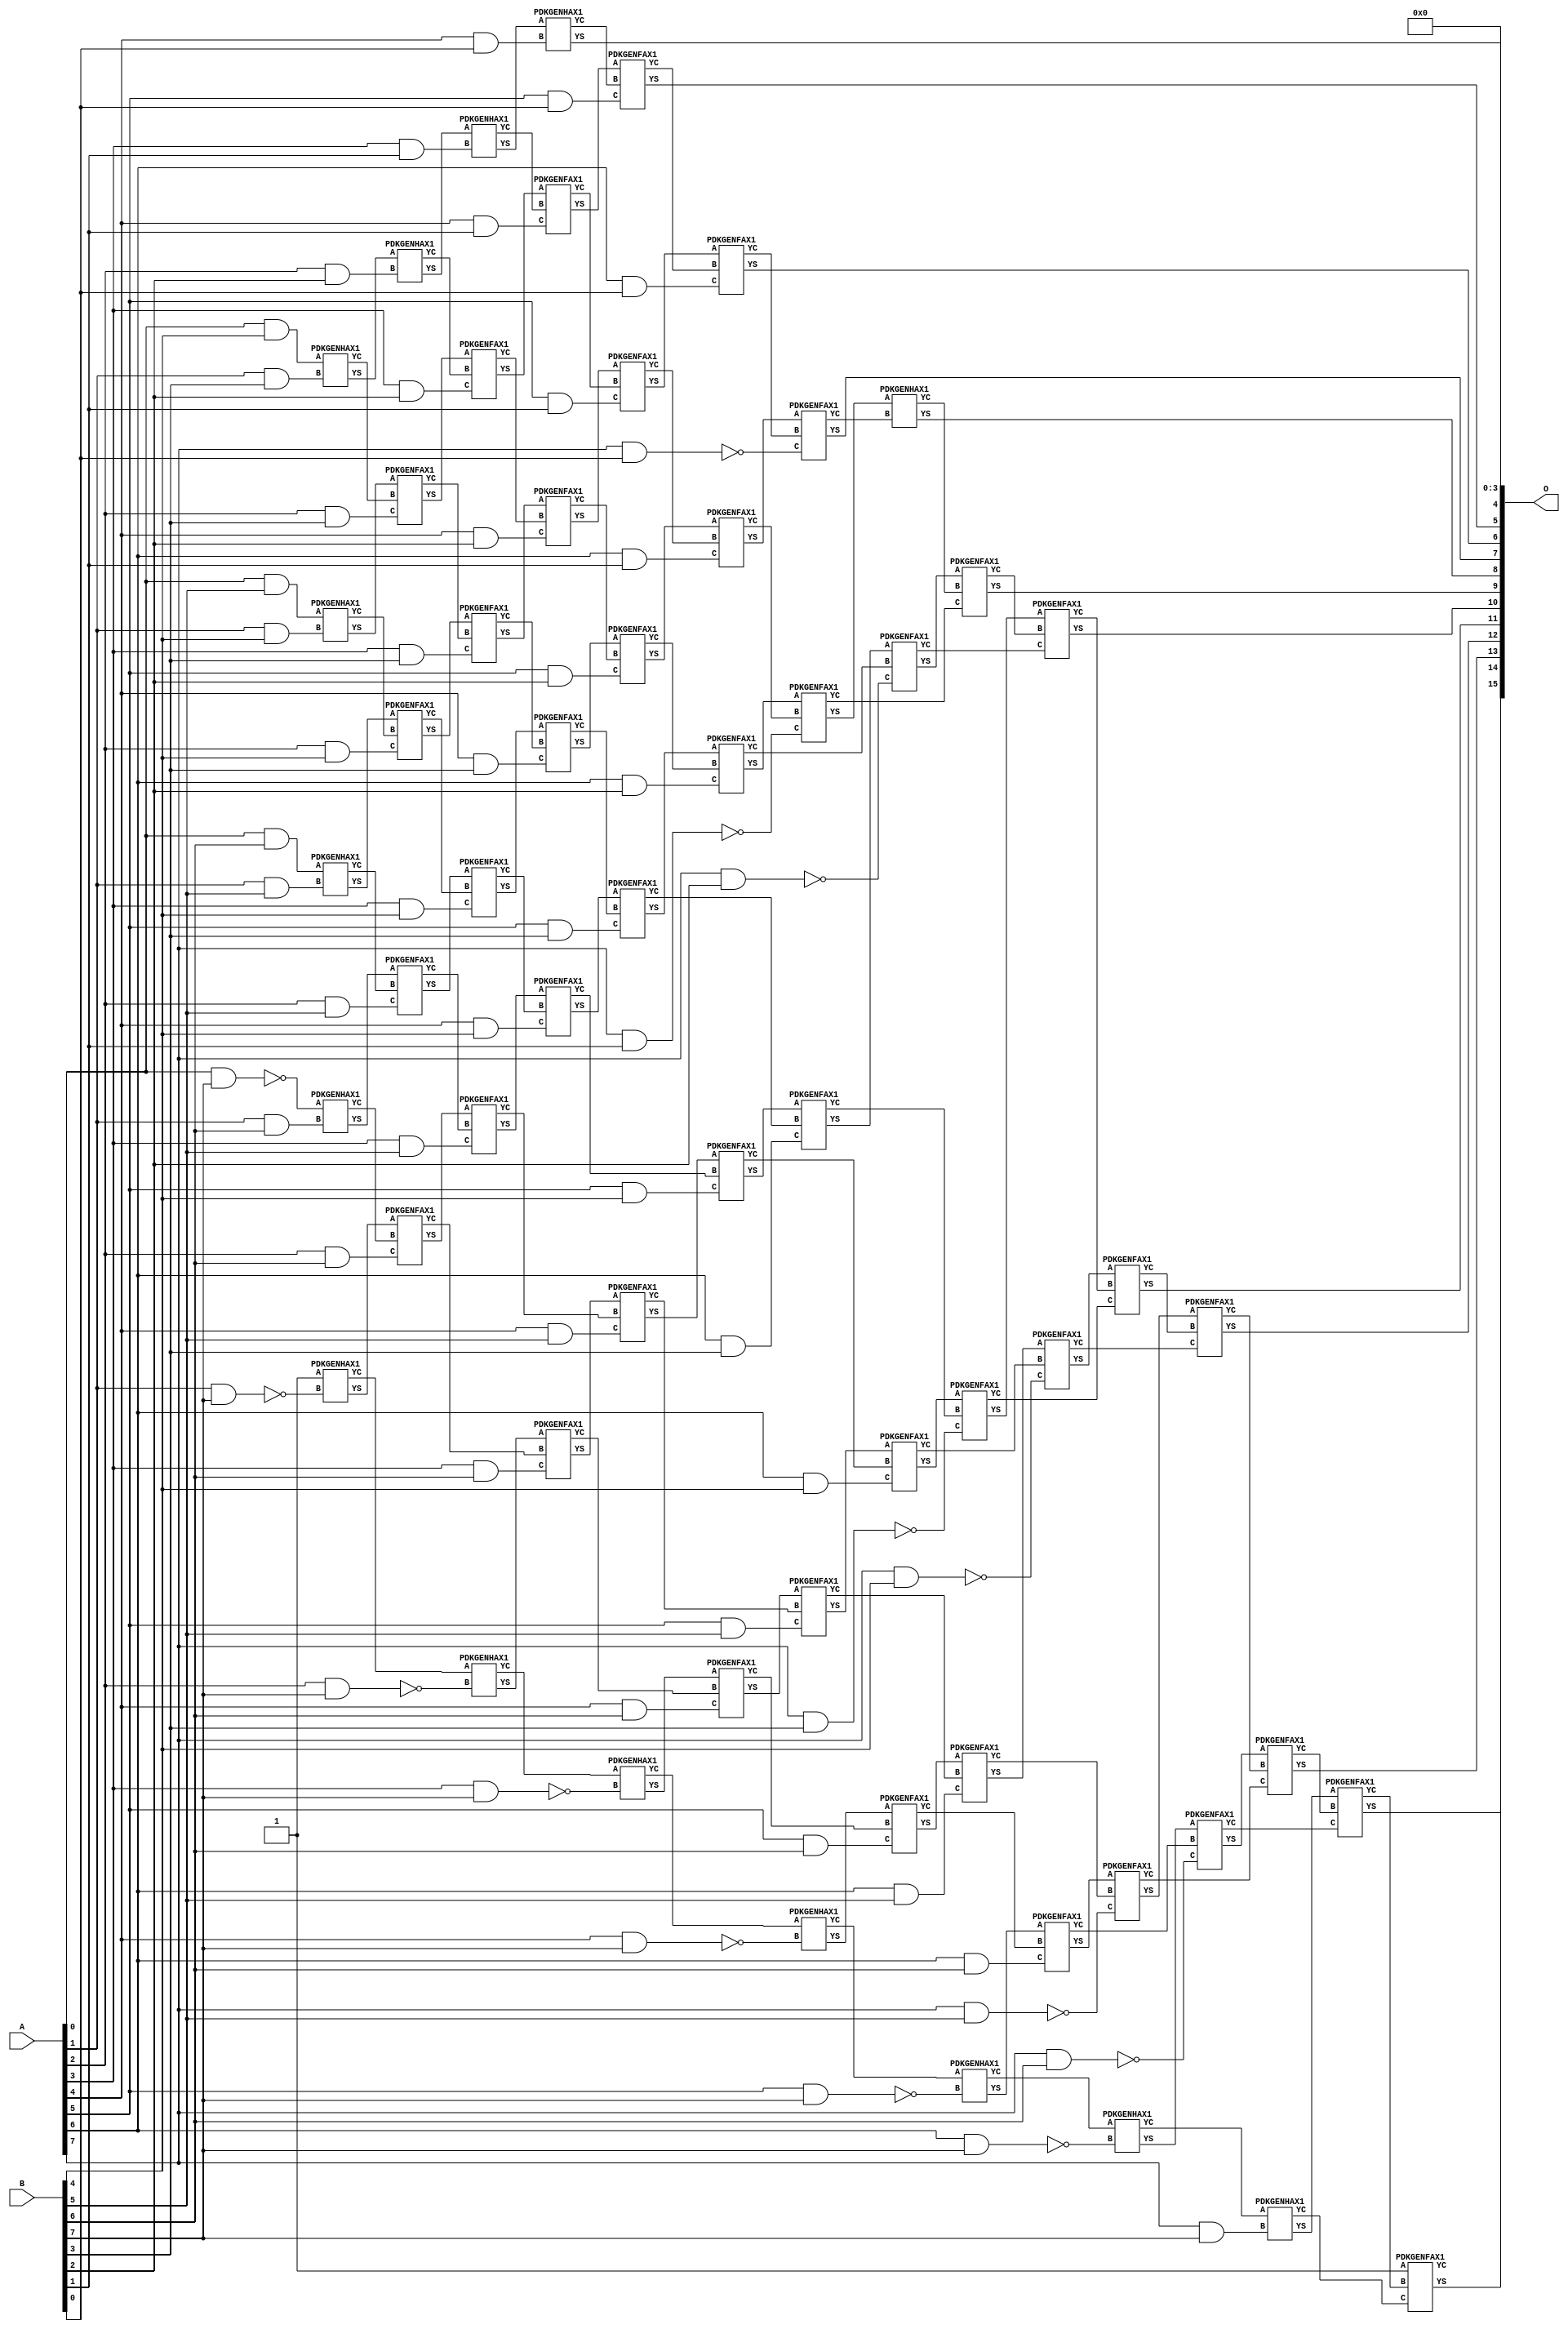
/***
* This code is a part of EvoApproxLib library (ehw.fit.vutbr.cz/approxlib) distributed under The MIT License.
* When used, please cite the following article(s): V. Mrazek, Z. Vasicek, L. Sekanina, H. Jiang and J. Han, "Scalable Construction of Approximate Multipliers With Formally Guaranteed Worst Case Error" in IEEE Transactions on Very Large Scale Integration (VLSI) Systems, vol. 26, no. 11, pp. 2572-2576, Nov. 2018. doi: 10.1109/TVLSI.2018.2856362 
* This file contains a circuit from a sub-set of pareto optimal circuits with respect to the pwr and wce parameters
***/
// MAE% = 0.019 %
// MAE = 12 
// WCE% = 0.075 %
// WCE = 49 
// WCRE% = 4900.00 %
// EP% = 81.25 %
// MRE% = 2.53 %
// MSE = 248 
// PDK45_PWR = 0.391 mW
// PDK45_AREA = 641.1 um2
// PDK45_DELAY = 1.51 ns


module mul8s_1KX2 ( A, B, O );
  input [7:0] A;
  input [7:0] B;
  output [15:0] O;

  wire C_1_3,C_1_4,C_1_5,C_1_6,C_1_7,C_2_2,C_2_3,C_2_4,C_2_5,C_2_6,C_2_7,C_3_1,C_3_2,C_3_3,C_3_4,C_3_5,C_3_6,C_3_7,C_4_0,C_4_1,C_4_2,C_4_3,C_4_4,C_4_5,C_4_6,C_4_7,C_5_0,C_5_1,C_5_2,C_5_3,C_5_4,C_5_5,C_5_6,C_5_7,C_6_0,C_6_1,C_6_2,C_6_3,C_6_4,C_6_5,C_6_6,C_6_7,C_7_0,C_7_1,C_7_2,C_7_3,C_7_4,C_7_5,C_7_6,C_7_7,C_8_0,C_8_1,C_8_2,C_8_3,C_8_4,C_8_5,C_8_6,C_8_7,S_0_4,S_0_5,S_0_6,S_0_7,S_1_3,S_1_4,S_1_5,S_1_6,S_1_7,S_2_2,S_2_3,S_2_4,S_2_5,S_2_6,S_2_7,S_3_1,S_3_2,S_3_3,S_3_4,S_3_5,S_3_6,S_3_7,S_4_0,S_4_1,S_4_2,S_4_3,S_4_4,S_4_5,S_4_6,S_4_7,S_5_0,S_5_1,S_5_2,S_5_3,S_5_4,S_5_5,S_5_6,S_5_7,S_6_0,S_6_1,S_6_2,S_6_3,S_6_4,S_6_5,S_6_6,S_6_7,S_7_0,S_7_1,S_7_2,S_7_3,S_7_4,S_7_5,S_7_6,S_7_7,S_8_0,S_8_1,S_8_2,S_8_3,S_8_4,S_8_5,S_8_6,S_8_7;

  assign S_0_4 = (A[0] & B[4]);
  assign S_0_5 = (A[0] & B[5]);
  assign S_0_6 = (A[0] & B[6]);
  assign S_0_7 = ~(A[0] & B[7]);
  PDKGENHAX1 U588 (.A(S_0_4), .B((A[1] & B[3])), .YS(S_1_3), .YC(C_1_3));
  PDKGENHAX1 U589 (.A(S_0_5), .B((A[1] & B[4])), .YS(S_1_4), .YC(C_1_4));
  PDKGENHAX1 U590 (.A(S_0_6), .B((A[1] & B[5])), .YS(S_1_5), .YC(C_1_5));
  PDKGENHAX1 U591 (.A(S_0_7), .B((A[1] & B[6])), .YS(S_1_6), .YC(C_1_6));
  PDKGENHAX1 U592 (.A(1'b1), .B(~(A[1] & B[7])), .YS(S_1_7), .YC(C_1_7));
  PDKGENHAX1 U595 (.A(S_1_3), .B((A[2] & B[2])), .YS(S_2_2), .YC(C_2_2));
  PDKGENFAX1 U596 (.A(S_1_4), .B(C_1_3), .C((A[2] & B[3])), .YS(S_2_3), .YC(C_2_3));
  PDKGENFAX1 U597 (.A(S_1_5), .B(C_1_4), .C((A[2] & B[4])), .YS(S_2_4), .YC(C_2_4));
  PDKGENFAX1 U598 (.A(S_1_6), .B(C_1_5), .C((A[2] & B[5])), .YS(S_2_5), .YC(C_2_5));
  PDKGENFAX1 U599 (.A(S_1_7), .B(C_1_6), .C((A[2] & B[6])), .YS(S_2_6), .YC(C_2_6));
  PDKGENHAX1 U600 (.A(C_1_7), .B(~(A[2] & B[7])), .YS(S_2_7), .YC(C_2_7));
  PDKGENHAX1 U602 (.A(S_2_2), .B((A[3] & B[1])), .YS(S_3_1), .YC(C_3_1));
  PDKGENFAX1 U603 (.A(S_2_3), .B(C_2_2), .C((A[3] & B[2])), .YS(S_3_2), .YC(C_3_2));
  PDKGENFAX1 U604 (.A(S_2_4), .B(C_2_3), .C((A[3] & B[3])), .YS(S_3_3), .YC(C_3_3));
  PDKGENFAX1 U605 (.A(S_2_5), .B(C_2_4), .C((A[3] & B[4])), .YS(S_3_4), .YC(C_3_4));
  PDKGENFAX1 U606 (.A(S_2_6), .B(C_2_5), .C((A[3] & B[5])), .YS(S_3_5), .YC(C_3_5));
  PDKGENFAX1 U607 (.A(S_2_7), .B(C_2_6), .C((A[3] & B[6])), .YS(S_3_6), .YC(C_3_6));
  PDKGENHAX1 U608 (.A(C_2_7), .B(~(A[3] & B[7])), .YS(S_3_7), .YC(C_3_7));
  PDKGENHAX1 U609 (.A(S_3_1), .B((A[4] & B[0])), .YS(S_4_0), .YC(C_4_0));
  PDKGENFAX1 U610 (.A(S_3_2), .B(C_3_1), .C((A[4] & B[1])), .YS(S_4_1), .YC(C_4_1));
  PDKGENFAX1 U611 (.A(S_3_3), .B(C_3_2), .C((A[4] & B[2])), .YS(S_4_2), .YC(C_4_2));
  PDKGENFAX1 U612 (.A(S_3_4), .B(C_3_3), .C((A[4] & B[3])), .YS(S_4_3), .YC(C_4_3));
  PDKGENFAX1 U613 (.A(S_3_5), .B(C_3_4), .C((A[4] & B[4])), .YS(S_4_4), .YC(C_4_4));
  PDKGENFAX1 U614 (.A(S_3_6), .B(C_3_5), .C((A[4] & B[5])), .YS(S_4_5), .YC(C_4_5));
  PDKGENFAX1 U615 (.A(S_3_7), .B(C_3_6), .C((A[4] & B[6])), .YS(S_4_6), .YC(C_4_6));
  PDKGENHAX1 U616 (.A(C_3_7), .B(~(A[4] & B[7])), .YS(S_4_7), .YC(C_4_7));
  PDKGENFAX1 U617 (.A(S_4_1), .B(C_4_0), .C((A[5] & B[0])), .YS(S_5_0), .YC(C_5_0));
  PDKGENFAX1 U618 (.A(S_4_2), .B(C_4_1), .C((A[5] & B[1])), .YS(S_5_1), .YC(C_5_1));
  PDKGENFAX1 U619 (.A(S_4_3), .B(C_4_2), .C((A[5] & B[2])), .YS(S_5_2), .YC(C_5_2));
  PDKGENFAX1 U620 (.A(S_4_4), .B(C_4_3), .C((A[5] & B[3])), .YS(S_5_3), .YC(C_5_3));
  PDKGENFAX1 U621 (.A(S_4_5), .B(C_4_4), .C((A[5] & B[4])), .YS(S_5_4), .YC(C_5_4));
  PDKGENFAX1 U622 (.A(S_4_6), .B(C_4_5), .C((A[5] & B[5])), .YS(S_5_5), .YC(C_5_5));
  PDKGENFAX1 U623 (.A(S_4_7), .B(C_4_6), .C((A[5] & B[6])), .YS(S_5_6), .YC(C_5_6));
  PDKGENHAX1 U624 (.A(C_4_7), .B(~(A[5] & B[7])), .YS(S_5_7), .YC(C_5_7));
  PDKGENFAX1 U625 (.A(S_5_1), .B(C_5_0), .C((A[6] & B[0])), .YS(S_6_0), .YC(C_6_0));
  PDKGENFAX1 U626 (.A(S_5_2), .B(C_5_1), .C((A[6] & B[1])), .YS(S_6_1), .YC(C_6_1));
  PDKGENFAX1 U627 (.A(S_5_3), .B(C_5_2), .C((A[6] & B[2])), .YS(S_6_2), .YC(C_6_2));
  PDKGENFAX1 U628 (.A(S_5_4), .B(C_5_3), .C((A[6] & B[3])), .YS(S_6_3), .YC(C_6_3));
  PDKGENFAX1 U629 (.A(S_5_5), .B(C_5_4), .C((A[6] & B[4])), .YS(S_6_4), .YC(C_6_4));
  PDKGENFAX1 U630 (.A(S_5_6), .B(C_5_5), .C((A[6] & B[5])), .YS(S_6_5), .YC(C_6_5));
  PDKGENFAX1 U631 (.A(S_5_7), .B(C_5_6), .C((A[6] & B[6])), .YS(S_6_6), .YC(C_6_6));
  PDKGENHAX1 U632 (.A(C_5_7), .B(~(A[6] & B[7])), .YS(S_6_7), .YC(C_6_7));
  PDKGENFAX1 U633 (.A(S_6_1), .B(C_6_0), .C(~(A[7] & B[0])), .YS(S_7_0), .YC(C_7_0));
  PDKGENFAX1 U634 (.A(S_6_2), .B(C_6_1), .C(~(A[7] & B[1])), .YS(S_7_1), .YC(C_7_1));
  PDKGENFAX1 U635 (.A(S_6_3), .B(C_6_2), .C(~(A[7] & B[2])), .YS(S_7_2), .YC(C_7_2));
  PDKGENFAX1 U636 (.A(S_6_4), .B(C_6_3), .C(~(A[7] & B[3])), .YS(S_7_3), .YC(C_7_3));
  PDKGENFAX1 U637 (.A(S_6_5), .B(C_6_4), .C(~(A[7] & B[4])), .YS(S_7_4), .YC(C_7_4));
  PDKGENFAX1 U638 (.A(S_6_6), .B(C_6_5), .C(~(A[7] & B[5])), .YS(S_7_5), .YC(C_7_5));
  PDKGENFAX1 U639 (.A(S_6_7), .B(C_6_6), .C(~(A[7] & B[6])), .YS(S_7_6), .YC(C_7_6));
  PDKGENHAX1 U640 (.A(C_6_7), .B((A[7] & B[7])), .YS(S_7_7), .YC(C_7_7));
  PDKGENHAX1 U641 (.A(S_7_1), .B(C_7_0), .YS(S_8_0), .YC(C_8_0));
  PDKGENFAX1 U642 (.A(S_7_2), .B(C_8_0), .C(C_7_1), .YS(S_8_1), .YC(C_8_1));
  PDKGENFAX1 U643 (.A(S_7_3), .B(C_8_1), .C(C_7_2), .YS(S_8_2), .YC(C_8_2));
  PDKGENFAX1 U644 (.A(S_7_4), .B(C_8_2), .C(C_7_3), .YS(S_8_3), .YC(C_8_3));
  PDKGENFAX1 U645 (.A(S_7_5), .B(C_8_3), .C(C_7_4), .YS(S_8_4), .YC(C_8_4));
  PDKGENFAX1 U646 (.A(S_7_6), .B(C_8_4), .C(C_7_5), .YS(S_8_5), .YC(C_8_5));
  PDKGENFAX1 U647 (.A(S_7_7), .B(C_8_5), .C(C_7_6), .YS(S_8_6), .YC(C_8_6));
  PDKGENFAX1 U648 (.A(1'b1), .B(C_8_6), .C(C_7_7), .YS(S_8_7), .YC(C_8_7));
  assign O = {S_8_7,S_8_6,S_8_5,S_8_4,S_8_3,S_8_2,S_8_1,S_8_0,S_7_0,S_6_0,S_5_0,S_4_0,1'b0,1'b0,1'b0,1'b0};

endmodule

/* mod */
module PDKGENHAX1( input A, input B, output YS, output YC );
    assign YS = A ^ B;
    assign YC = A & B;
endmodule
/* mod */
module PDKGENFAX1( input A, input B, input C, output YS, output YC );
    assign YS = (A ^ B) ^ C;
    assign YC = (A & B) | (B & C) | (A & C);
endmodule